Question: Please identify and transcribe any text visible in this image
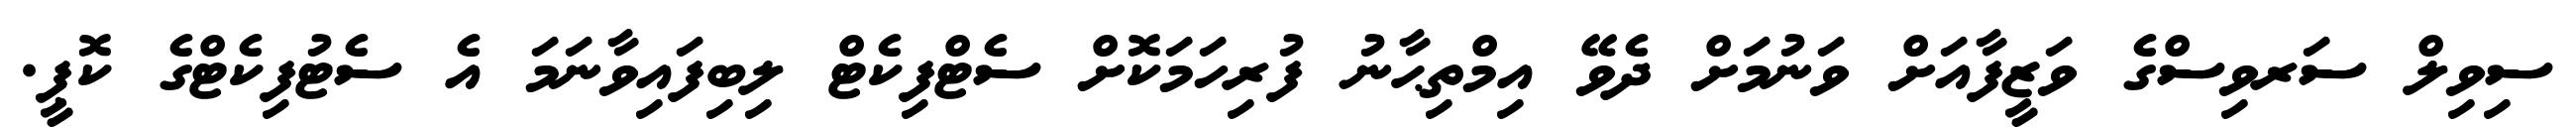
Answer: ސިވިލް ސަރވިސްގެ ވަޒީފާއަށް ވަނުމަށް ދެވޭ އިމްތިޙާނު ފުރިހަމަކޮށް ސެޓްފިކެޓް ލިބިފައިވާނަމަ އެ ސެޓުފިކެޓްގެ ކޮޕީ.